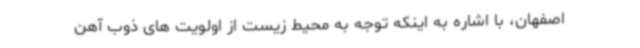
اصفهان، با اشاره به اینکه توجه به محیط زیست از اولویت های ذوب آهن